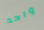
واحد